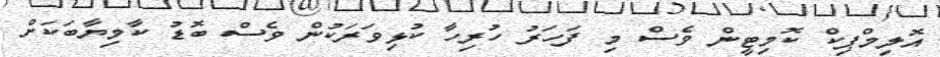
އޮލިމްޕިކް ކޮމިޓީން ވެސް މި ފަހަރު ހުރިހާ ކުޅިވަރަކުން ވެސް ބޮޑު ކާމިޔާބަކަށް